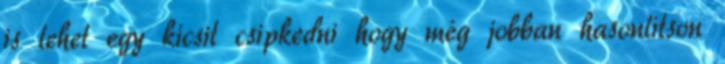
is lehet egy kicsit csipkedni hogy még jobban hasonlítson